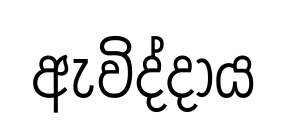
ඇවිද්දාය